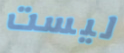
ليست